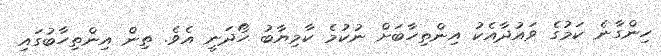
ހިންގާނެ ކަމުގެ ވައުދާއެކު އިންތިހާބަށް ނުކުމެ ކާމިޔާބު ހޯދަނީ އެވެ. ތިން އިންތިހާބުގައި